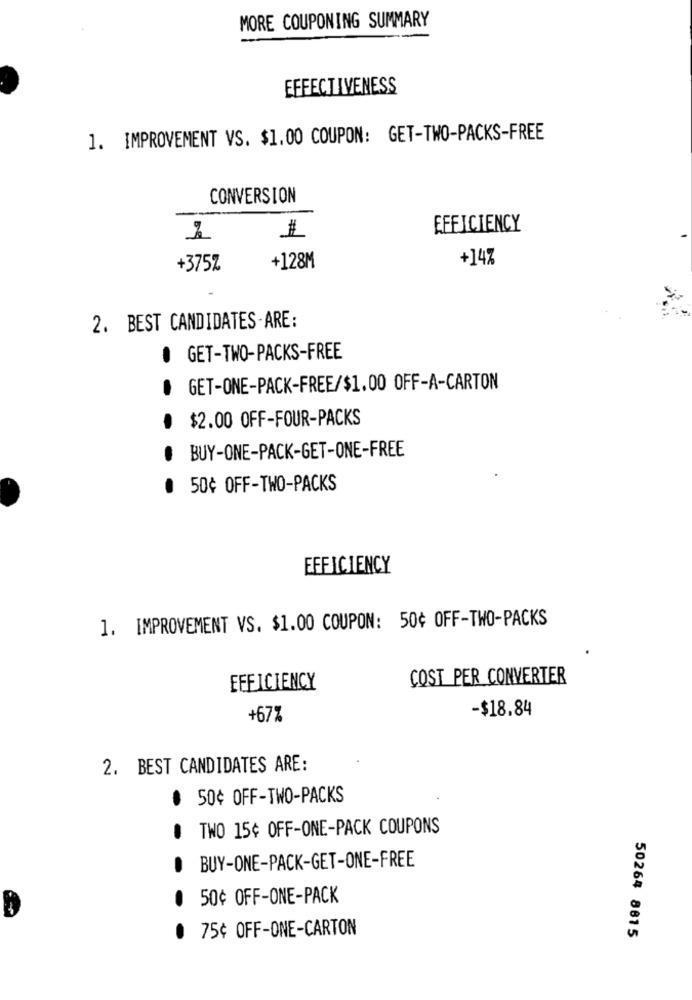
MORE COUPONING SUMMARY
EFFECTIVENESS
1. IMPROVEMENT VS. $1.00 COUPON: GET-TWO-PACKS-FREE
CONVERSION
EFFICIENCY
De
+128M
+14%
+375Z
2. BEST CANDIDATES-ARE:
. GET-TWO-PACKS-FREE
. GET-ONE-PACK-FREE/$1.00 OFF-A-CARTON
$2.00 OFF-FOUR-PACKS
BUY-ONE-PACK-GET-ONE-FREE
· 50¢ OFF-TWO-PACKS
EFFICIENCY
1. IMPROVEMENT VS. $1.00 COUPON: 50¢ OFF-TWO-PACKS
COST PER CONVERTER
EFFICIENCY
-$18.84
+67%
2. BEST CANDIDATES ARE:
. 50¢ OFF-TWO-PACKS
TWO 15¢ OFF-ONE-PACK COUPONS
BUY-ONE-PACK-GET-ONE-FREE
. 50¢ OFF-ONE-PACK
. 75¢ OFF-ONE-CARTON
50264 8815